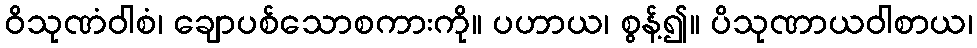
ဝိသုဏံဝါစံ၊ ချောပစ်သောစကားကို။ ပဟာယ၊ စွန့်၍။ ပိသုဏာယဝါစာယ၊